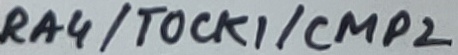
Text: RA4/TOCK1/CMP2